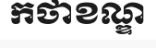
កថាខណ្ឌ